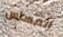
المساس